Reports on military cantonments and civil stations in the Presidency of Bombay inspected by the Sanitary Commissioner in the years 1875 and 1876
Year: 1875
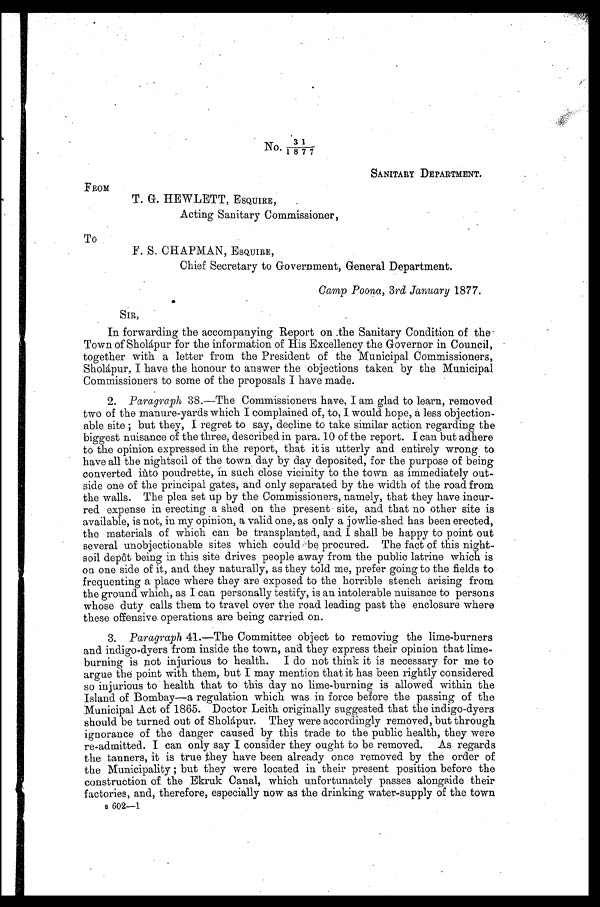
No. 31
―
1 8 7 7
SANITARY DEPARTMENT.
FROM
T. G. HEWLETT, ESQUIRE, .
Acting Sanitary Commissioner,
TO
F. S. CHAPMAN, ESQUIRE,
Chief Secretary to Government, General Department.
Camp Poona, 3rd January 1877.
SIR,
In forwarding the accompanying Report on the Sanitary Condition of the
Town of Sholápur for the information of His Excellency the Governor in Council,
together with a letter from the President of the Municipal Commissioners,
Sholápur, I have the honour to answer the objections taken by the Municipal
Commissioners to some of the proposals I have made.
2. Paragraph 38.—The Commissioners have, I am glad to learn, removed
two of the manure-yards which I complained of, to, I would hope, a less objection-
able site ; but they, I regret to say, decline to take similar action regarding the
biggest nuisance of the three, described in para. 10 of the report. I can but adhere
to the opinion expressed in the report, that it is utterly and entirely wrong to
have all the niglitsoil of the town day by day deposited, for the purpose of being
converted into poudrette, in such close vicinity to the town as immediately out-
side one of the principal gates, and only separated by the width of the road from
the walls. The plea set up by the Commissioners, namely, that they have incur-
red expense in erecting a shed on the present site, and that no other site is
available, is not, in my opinion, a valid one, as only a jowlie-shed has been erected,
the materials of which can be transplanted, and I shall be happy to point out
several unobjectionable sites which could bed procured. The fact of this night-
soil depôt being in this site drives people away from the public latrine which is
on one side of it, and they naturally, as they told me, prefer going to the fields to
frequenting a place where they are exposed to the horrible stench arising from
the ground which, as I can personally testify, is an intolerable nuisance to persons
whose duty calls them to travel over the road leading past the enclosure where
these offensive operations are being carried on.
3. Paragraph 41.—The Committee object to removing the lime-burners
and indigo-dyers from inside the town, and they express their opinion that lime-
burning is not injurious to health. I do not think it is necessary for me to
argue the point with them, but I may mention that it has been rightly considered
so injurious to health that to this day no lime-burning is allowed within the
Island of Bombay—a regulation which was in force before the passing of the
Municipal Act of 1865. Doctor Leith originally suggested that the indigo-dyers
should be turned out of Sholápur. They were accordingly removed, but through
ignorance of the danger caused by this trade to the public health, they were
re-admitted. I can only say I consider they ought to be removed. As regards
the tanners, it is true they have been already once removed by the order of
the Municipality ; but they were located in their present position before the
construction of the Ekruk Canal, which unfortunately passes alongside their
factories, and, therefore, especially now as the drinking water-supply of the town
B 602-1